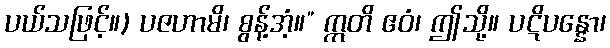
ပယ်သဖြင့်။) ပဇဟာမိ၊ စွန့်အံ့။” ဣတိ ဧဝံ၊ ဤသို့။ ပဋိပန္နော၊